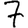
Digit: 7